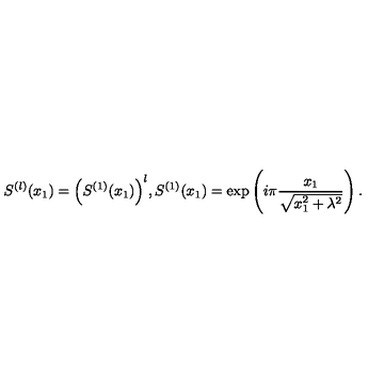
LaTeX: S ^ { ( l ) } ( x _ { 1 } ) = \Big ( S ^ { ( 1 ) } ( x _ { 1 } ) \Big ) ^ { l } , S ^ { ( 1 ) } ( x _ { 1 } ) = \exp \left( i \pi \frac { x _ { 1 } } { \sqrt { x _ { 1 } ^ { 2 } + \lambda ^ { 2 } } } \right) .